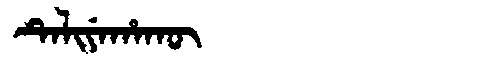
Manchu: ᡨᡝᠯᡳᠶᡝᡥᠠᡴᡡ
Romanization: TELIYEHAKŪ